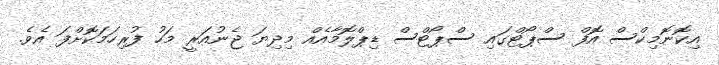
އިކޮނޮމިކްސް އޮފް ސްޕޯޓްގައި ސްޕޯޓްސް ޑިޕްލޮމާއެއް މިދިޔަ ޖެނުއަރީ މަހު ފުރިހަމަކޮށްފަ އެވެ.